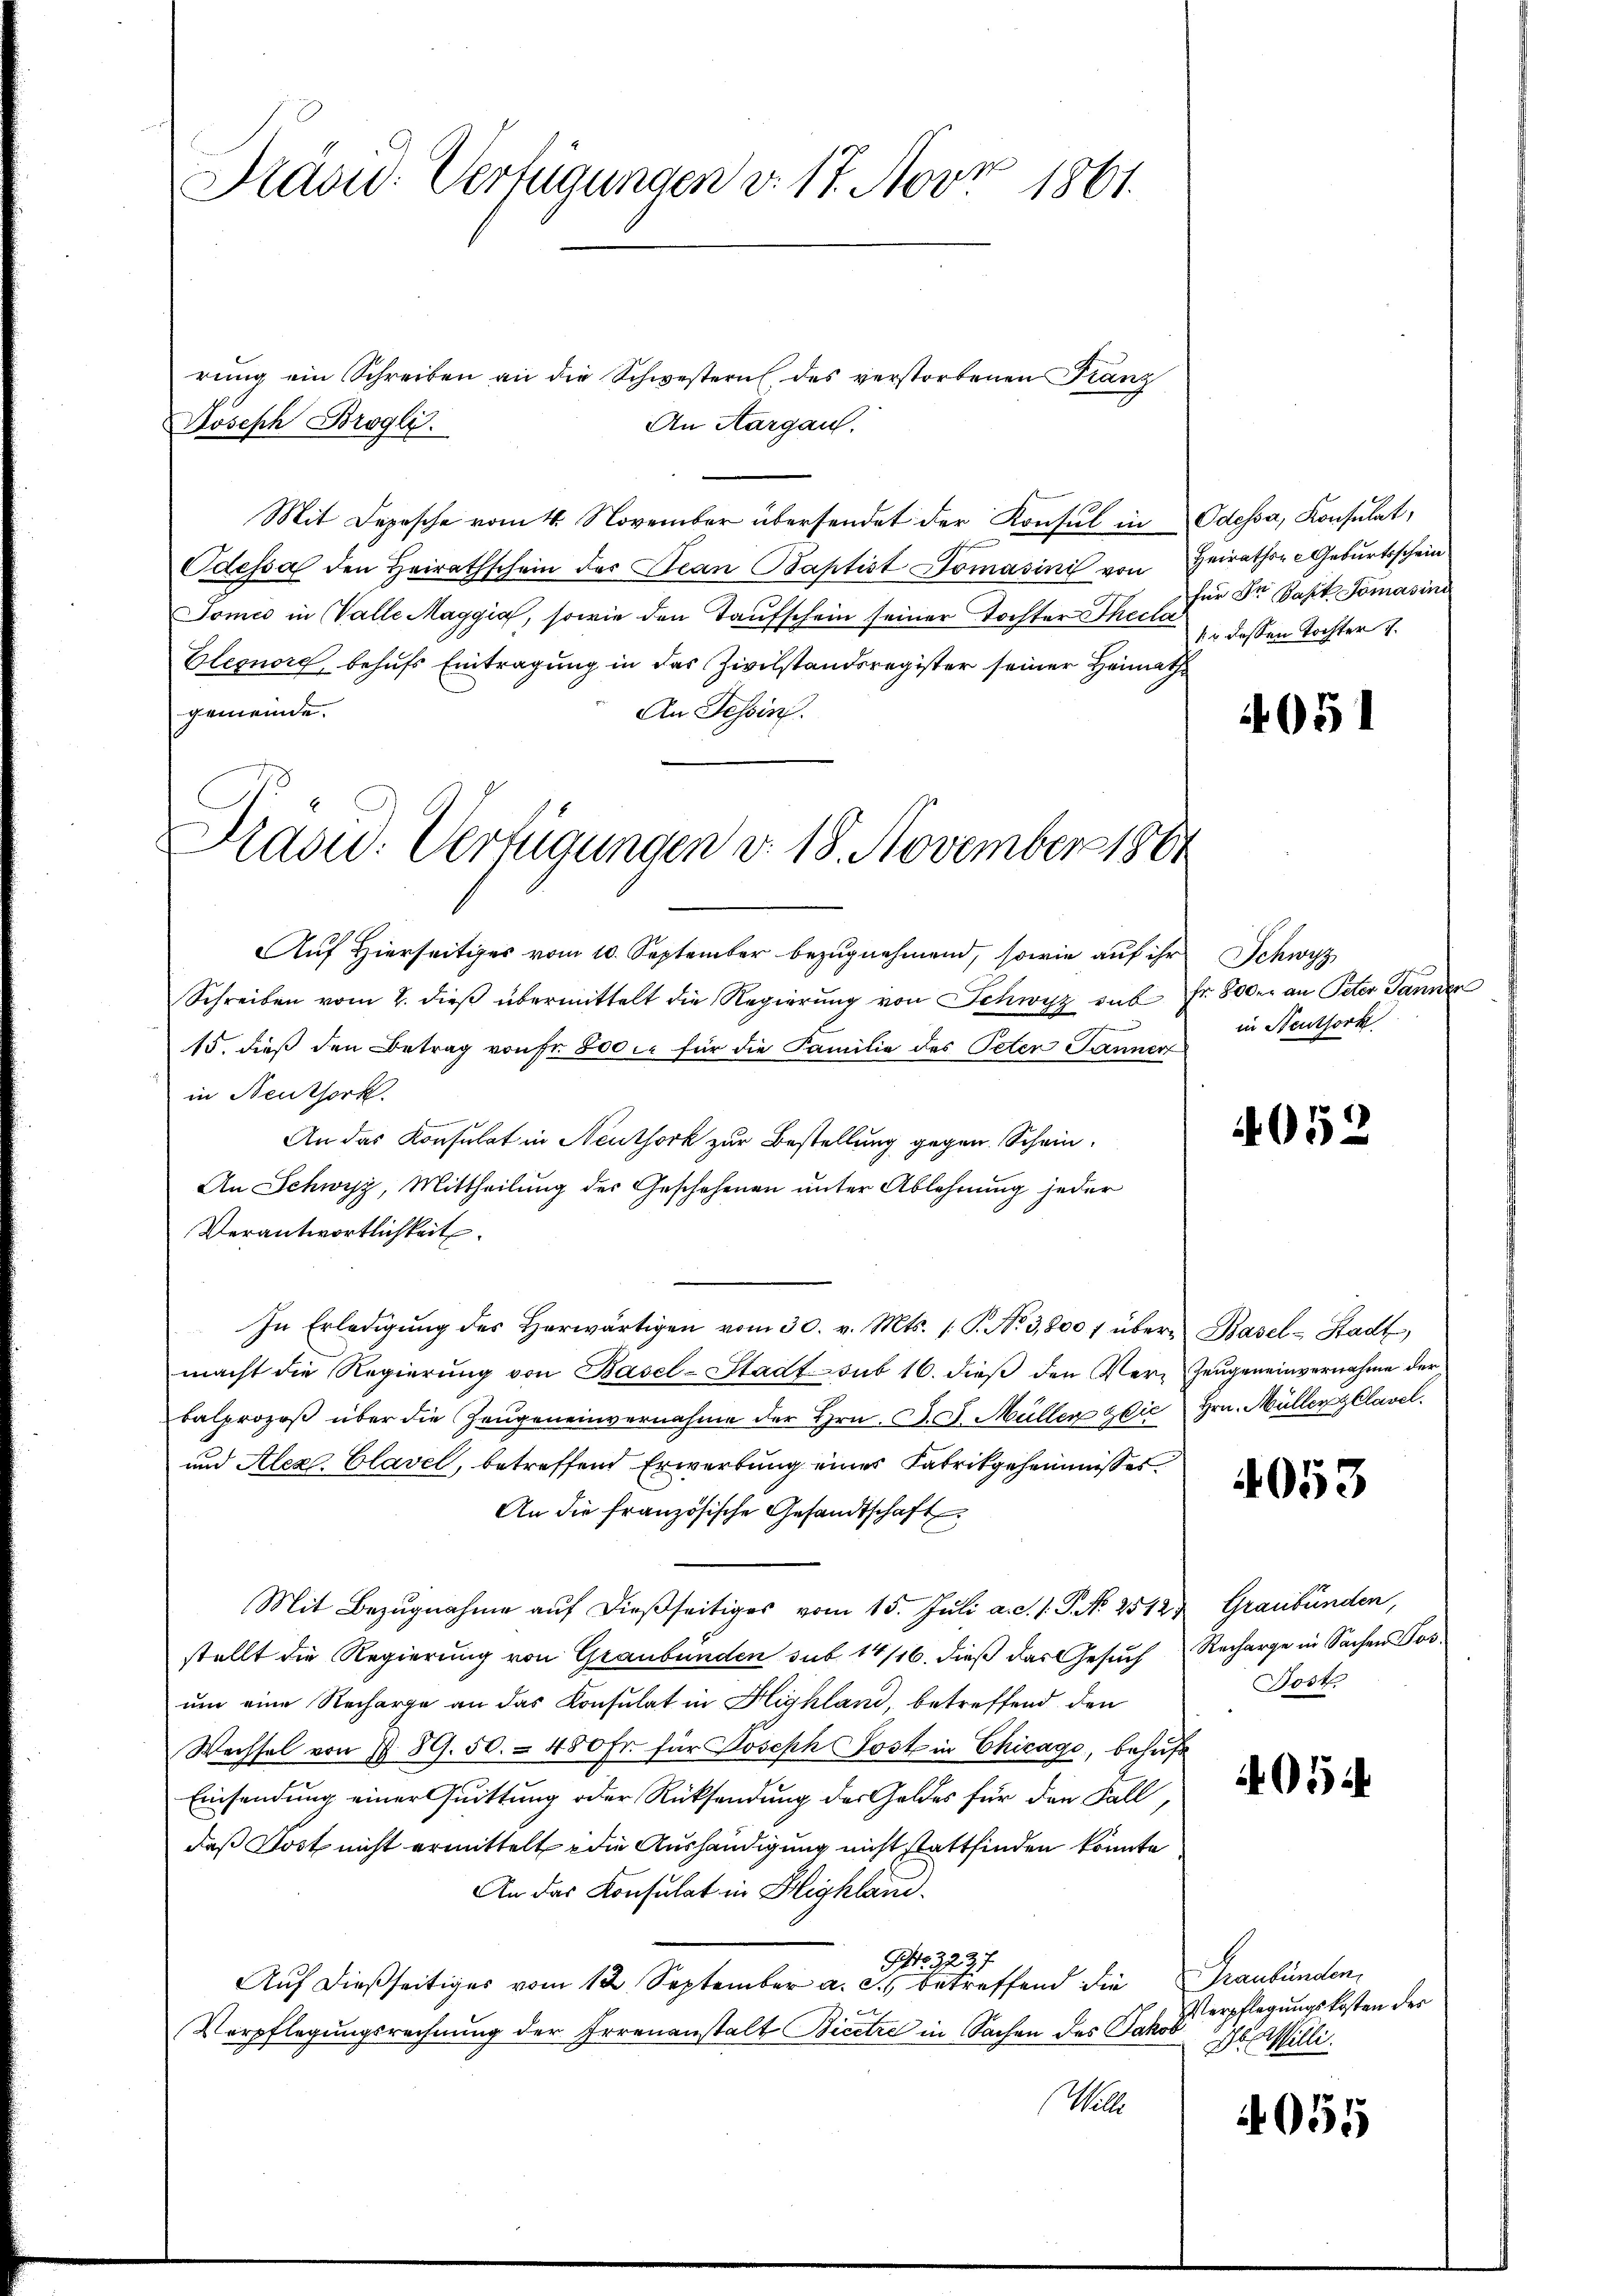
Präsid. Verfügungen v. 17. Nov. 1861.

rŭng ein Schreiben an die Schwestern des verstorbenen Franz
An Aargau.
Joseph Brogli.
Mit Depesche vom 4. November übersendet der Konsul in Odessa, Konsulat,
Odessa den Heirathschein der Jean Paptist Domasini von Heirathen Geburtsschein
Tomes in Valle Maggia, sowie den Taufschein seiner Tochter Theile dessen Tochter 1
Eleonore behufs Eintragung in das Zivilstandsregister seiner Heimath
gemeinde.
An Tessin.
Prasid: Verfügungen v. 18. November 1861

Auf Hierseitiges vom 10. September bezugnehmend, sowie auf ihr
Schreiben vom 2. dieß übermittelt die Regierung von Schwyz sub
15. dieß den Betrag von fr. 500 xr für die Familie des Peten Jännert
in Neuthork
e
An das Konsulat in Neuthork zur Bestellung gegen. Schein¬
An Schwyz, Mittheilung des Geschehenen unter Ablehnung jeder
Verantwortlichkeit.
In Erledigŭng des herwärtigen vom 30. v. Mts. S. No 3,800 f über Basel-Stadt,
macht die Regierŭng von Basel-Stadt sub 16. dieβ den Ver- Zeugeneinvernahme der
balprozeß über die Zeugeneinvernahme der Hrn. F. J. Müller die Hrn. Müller gelavel
und Alex Clavel, betreffend Erwerbung eines Fabrikgeheimnisses
An die französische Gesandtschaft
Mit Bezugnahme auf dießseitiges vom 15. Juli a. c. 1. P. No 2542. Graubünden,
stellt die Regierung von Graubünden sub. 14/16. dieß das Gesuch
um eine Recharge an das Konsulat in Highland, betreffend den
Wechsel von § 89. 50. 480 fr. für Joseph Jost in Chicago, behuf
Einsendung einer Quittung oder Rücksendung des Geldes für den Fall,
daß Jost nicht ermittelt die Aushändigung nicht stattfinden könnte
An das Konsulat in Blighlan¬
Nr. 3237
Auf dießseitiges vom 12 September a. c. betreffend die
Verpflegungsrechnung der Irrenanstalt Bicetze in Sachen des Jakob
(Wille

für Dr Gast Tomasino

4051

Schwyz
fr. Rober an Peter Tannen
in Steuthork

4052

4053

Recharge in Sachen Pos
Post.

405

Graubünden,
Verpflegungskosten des
Ihl. Willi

4055